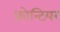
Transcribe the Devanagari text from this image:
फ्रोन्टियर